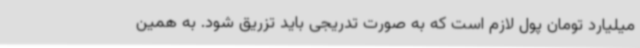
میلیارد تومان پول لازم است که به صورت تدریجی باید تزریق شود. به همین